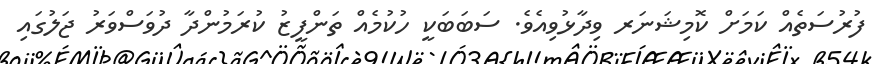
ފުރުސަތެއް ކަމަށް ކޮމިޝަނަރ ވިދާޅުވިއެވެ. ސަބަބަކީ ހުކުމެއް ތަންފީޒު ކުރަމުންދާ ދުވަސްވަރު ޖަލުގައި